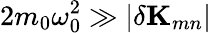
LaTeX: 2m_{0}\omega_{0}^{2}\gg|\delta\mathbf{K}_{mn}|